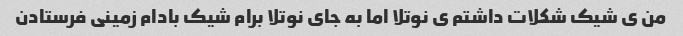
من ی شیک شکلات داشتم ی نوتلا اما به جای نوتلا برام شیک بادام زمینی فرستادن